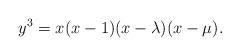
LaTeX: \begin{align*}y^3 = x(x-1)(x-\lambda)(x-\mu).\end{align*}